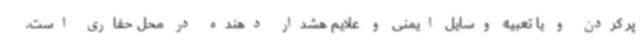
پر کردن و یا تعبیه وسایل ایمنی و علایم هشدار دهنده در محل حفاری است.